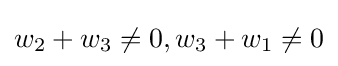
w_{2}+w_{3}\neq 0,w_{3}+w_{1}\neq 0